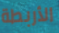
الأربطة